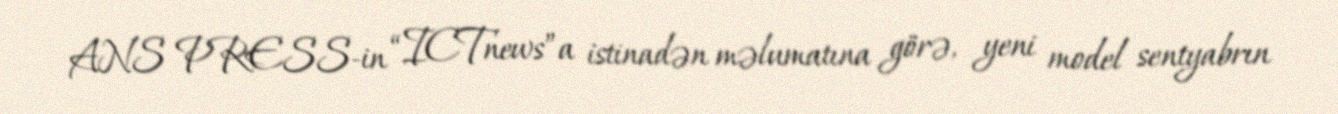
ANS PRESS-in “ICTnews”a istinadən məlumatına görə, yeni model sentyabrın